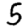
Digit: 5